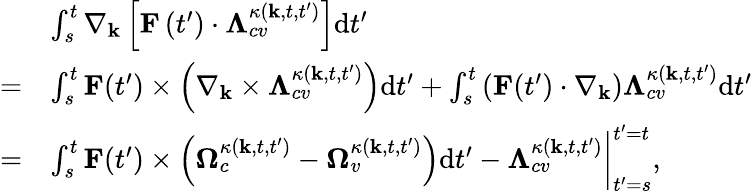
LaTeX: \begin{array}{rl}&{\int_{s}^{t}\nabla_{\textbf{k}}\left[\mathbf{F}\left(t^{\prime}\right)\cdot\mathbf{\Lambda}_{cv}^{\kappa\left(\textbf{k},t,t^{\prime}\right)}\right]\mathrm{d}t^{\prime}}\\ {=}&{\int_{s}^{t}\textbf{F}(t^{\prime})\times\left(\nabla_{\textbf{k}}\times\mathbf{\Lambda}_{cv}^{\kappa\left(\textbf{k},t,t^{\prime}\right)}\right)\mathrm{d}t^{\prime}+\int_{s}^{t}\left(\textbf{F}(t^{\prime})\cdot\nabla_{\textbf{k}}\right)\mathbf{\Lambda}_{cv}^{\kappa\left(\textbf{k},t,t^{\prime}\right)}\mathrm{d}t^{\prime}}\\ {=}&{\int_{s}^{t}\textbf{F}(t^{\prime})\times\left(\mathbf{\Omega}_{c}^{\kappa(\textbf{k},t,t^{\prime})}-\mathbf{\Omega}_{v}^{\kappa(\textbf{k},t,t^{\prime})}\right)\mathrm{d}t^{\prime}-\mathbf{\Lambda}_{cv}^{\kappa(\textbf{k},t,t^{\prime})}\bigg|_{t^{\prime}=s}^{t^{\prime}=t},}\end{array}